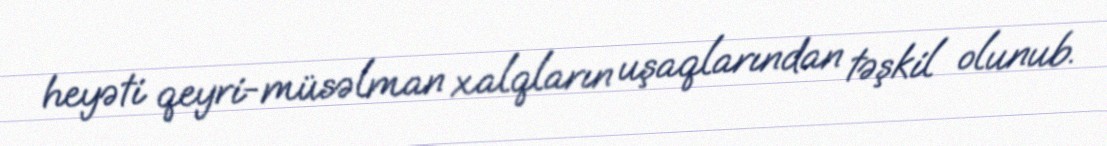
heyəti qeyri-müsəlman xalqların uşaqlarından təşkil olunub.